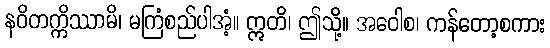
နဝိတက္ကိဿာမိ၊ မကြံစည်ပါအံ့။ ဣတိ၊ ဤသို့။ အဝေါစ၊ ကန်တော့စကား